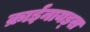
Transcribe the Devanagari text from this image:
क्राईनायड्स